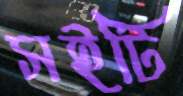
সইটি